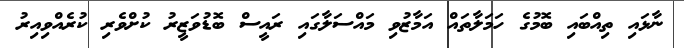
ނާޅައި ތިއްބައި ބޮމުގެ ހަމަލާތައް އަމާޒުވި މައްސަލާގައި ރައީސް ބޮޑުވަޒީރު ކުށްވެރި ކުރެއްވިއިރު